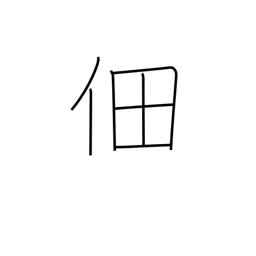
Meaning: cultivated rice field